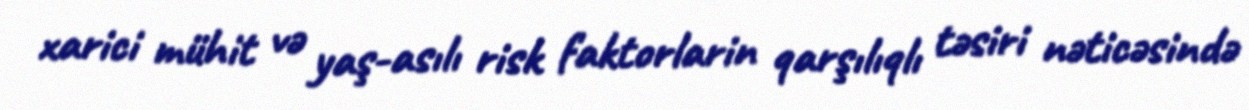
xarici mühit və yaş-asılı risk faktorlarin qarşılıqlı təsiri nəticəsində